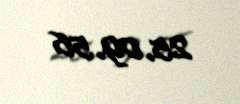
25.09.56